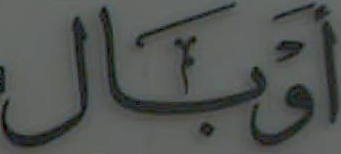
أوبال